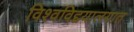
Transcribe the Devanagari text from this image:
विश्वविद्दयालयात